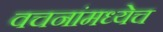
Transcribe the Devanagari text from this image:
वचनांमध्येच